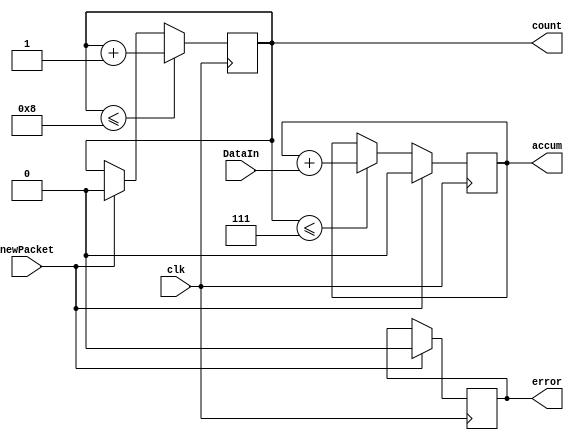
module ak(clk,newPacket,count,error,accum,DataIn);
input clk,newPacket,DataIn;
output reg count,error,accum;
always @ (posedge clk) begin
if (newPacket) begin
  count <= 0; error <= 0; accum <= 0;
end
else if (count <= 7) accum <= accum + DataIn;
else if (count == 8) error <= ~(DataIn == accum);
if (count <= 8) count <= count +1;
end
endmodule